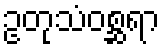
ဥတုသံဝစ္ဆရာ